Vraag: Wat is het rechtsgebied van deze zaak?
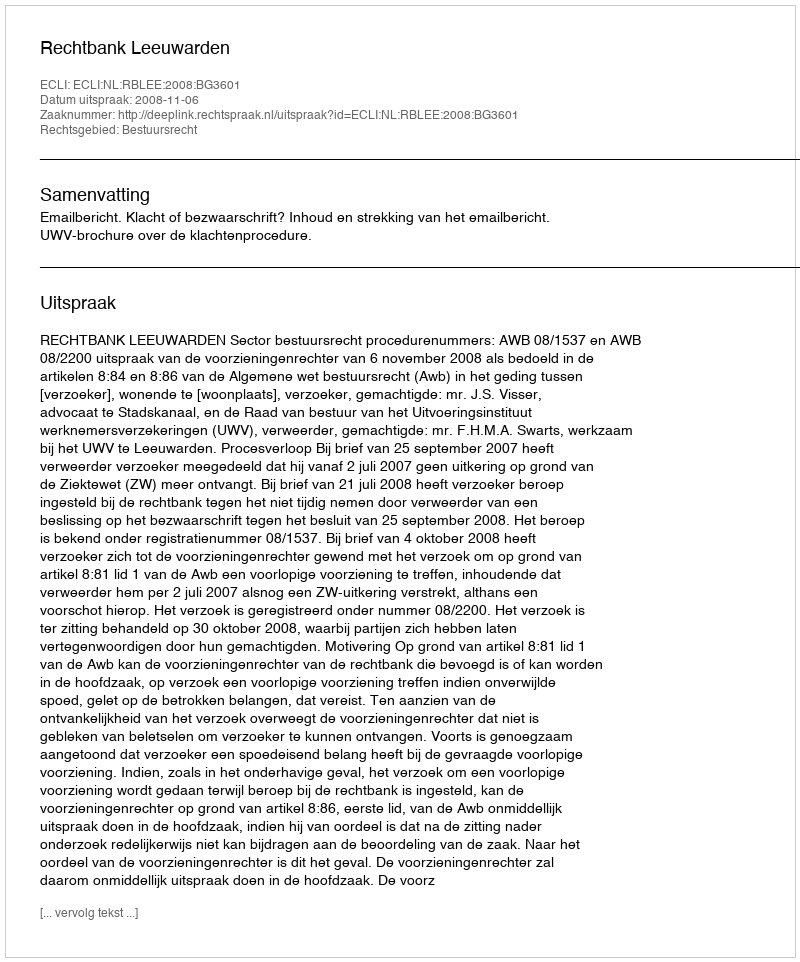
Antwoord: Bestuursrecht